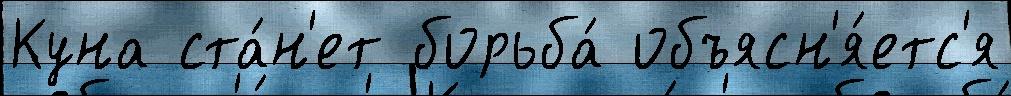
Куна ста́н'ет борьба́ объясн'я́етс'я